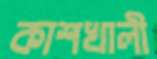
কাশখালী